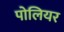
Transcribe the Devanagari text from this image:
पोलियर